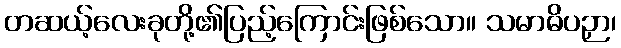
တဆယ့်လေးခုတို့၏ပြည့်ကြောင်းဖြစ်သော။ သမာဓိပဉှာ၊